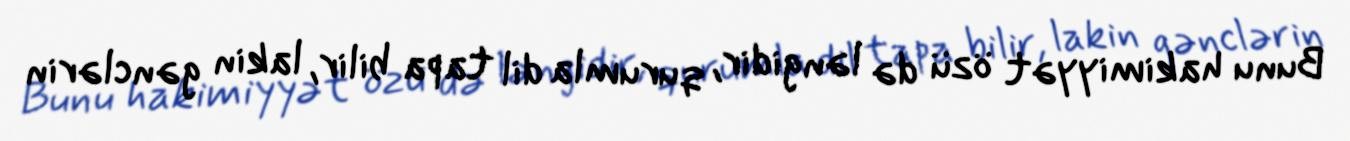
Bunu hakimiyyət özü də ləngidir, qurumla dil tapa bilir, lakin gənclərin